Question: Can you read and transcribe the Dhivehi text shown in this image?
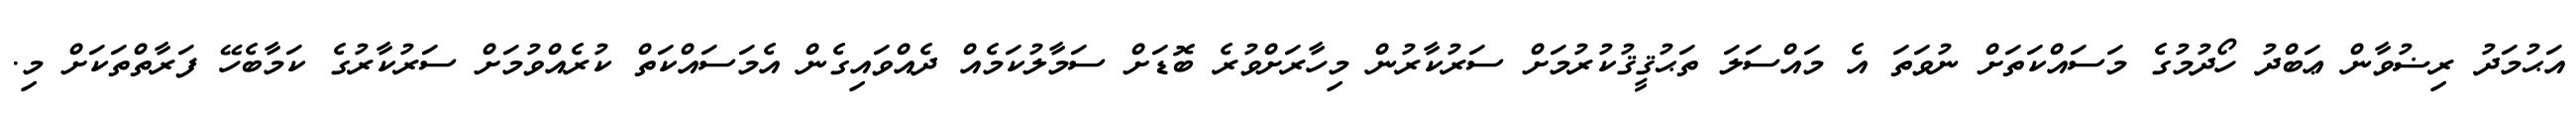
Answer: އަޙުމަދު ރިޟުވާން ޢަބްދު ހޯދުމުގެ މަސައްކަތަށް ނުވަތަ އެ މައްސަލަ ތަޙުޤީޤުކުރުމަށް ސަރުކާރުން މިހާރަށްވުރެ ބޮޑަށް ސަމާލުކަމެއް ދެއްވައިގެން އެމަސައްކަތް ކުރެއްވުމަށް ސަރުކާރުގެ ކަމާބެހޭ ފަރާތްތަކަށް މި.